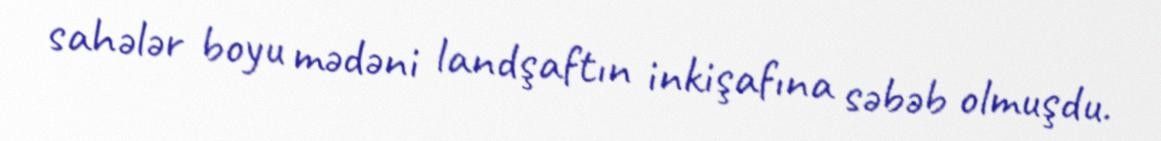
sahələr boyu mədəni landşaftın inkişafına səbəb olmuşdu.